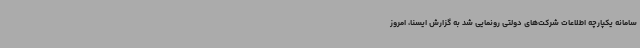
سامانه یکپارچه اطلاعات شرکت‌های دولتی رونمایی شد به گزارش ایسنا، امروز